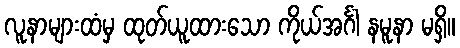
လူနာများထံမှ ထုတ်ယူထားသော ကိုယ်အင်္ဂါ နမူနာ မရှိ။